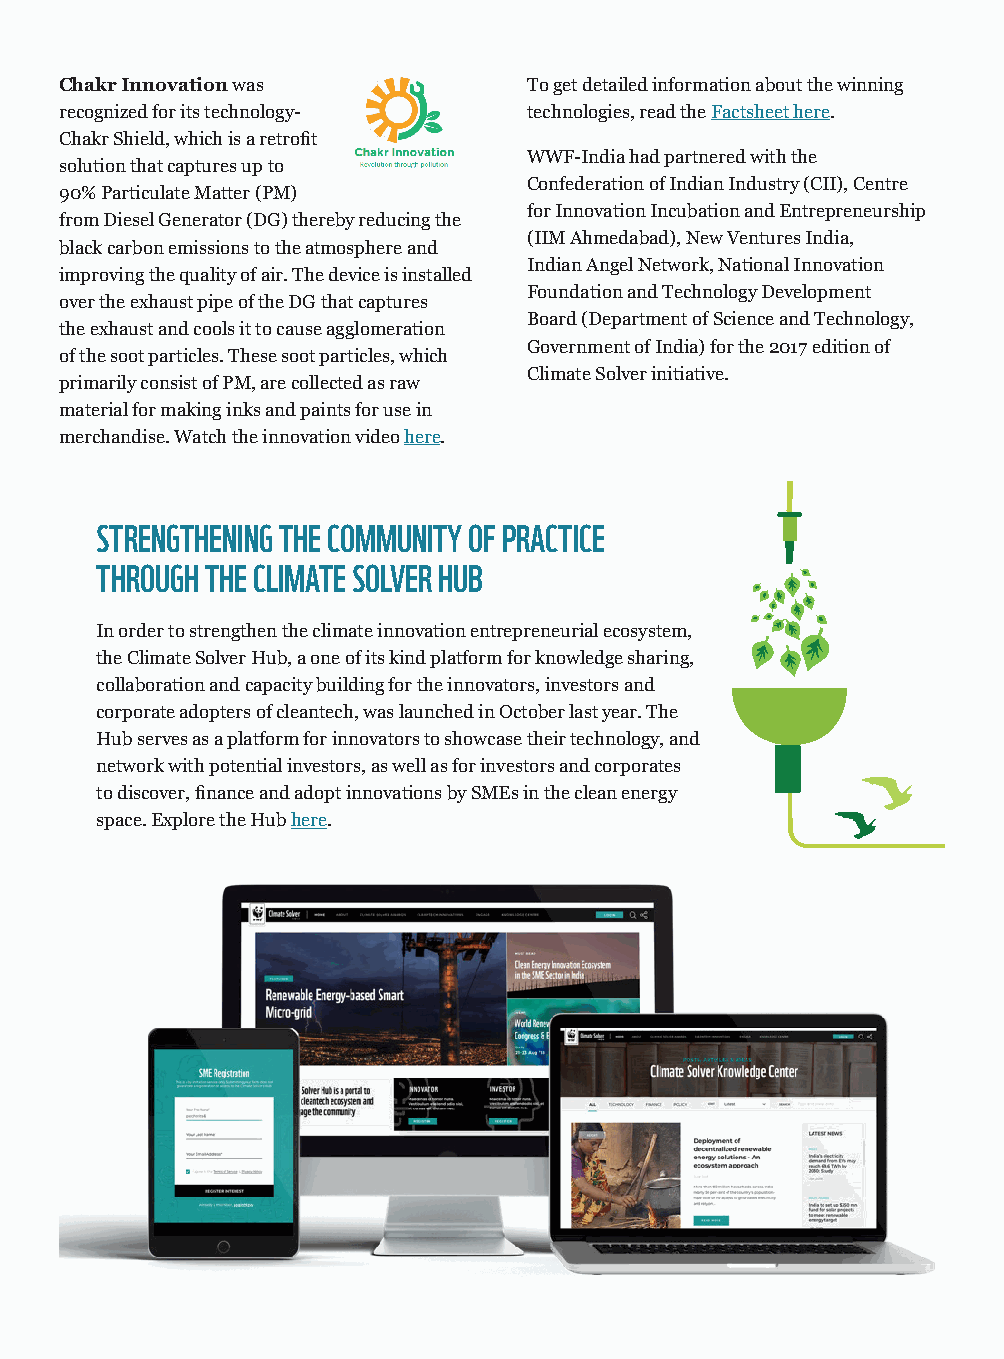
Chakr Innovation was           To get detailed information about the winning
 recognized for its technology- technologies, read the Factsheet here.
 Chakr Shield, which is a retrofit
 WWF-India had partnered with the
 solution that captures up to
 Confederation of Indian Industry (CII), Centre
 90% Particulate Matter (PM)
 for Innovation Incubation and Entrepreneurship
 from Diesel Generator (DG) thereby reducing the
 (IIM Ahmedabad), New Ventures India,
 black carbon emissions to the atmosphere and
 Indian Angel Network, National Innovation
 improving the quality of air. The device is installed
 Foundation and Technology Development
 over the exhaust pipe of the DG that captures
 Board (Department of Science and Technology,
 the exhaust and cools it to cause agglomeration
 Government of India) for the 2017 edition of
 of the soot particles. These soot particles, which
 Climate Solver initiative.
 primarily consist of PM, are collected as raw
 material for making inks and paints for use in
 merchandise. Watch the innovation video here.
 STRENGTHENING THE COMMUNITY OF PRACTICE
 THROUGH THE CLIMATE SOLVER HUB
 In order to strengthen the climate innovation entrepreneurial ecosystem,
 the Climate Solver Hub, a one of its kind platform for knowledge sharing,
 collaboration and capacity building for the innovators, investors and
 corporate adopters of cleantech, was launched in October last year. The
 Hub serves as a platform for innovators to showcase their technology, and
 network with potential investors, as well as for investors and corporates
 to discover, finance and adopt innovations by SMEs in the clean energy
 space. Explore the Hub here.